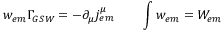
w _ { e m } \Gamma _ { G S W } = - \partial _ { \mu } j _ { e m } ^ { \mu } \qquad \int w _ { e m } = { \cal { W } } _ { e m } \nonumber { } \,